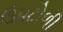
ઉપટોળી